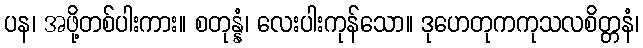
ပန၊ အဖို့တစ်ပါးကား။ စတုန္နံ၊ လေးပါးကုန်သော။ ဒုဟေတုကကုသလစိတ္တနံ၊